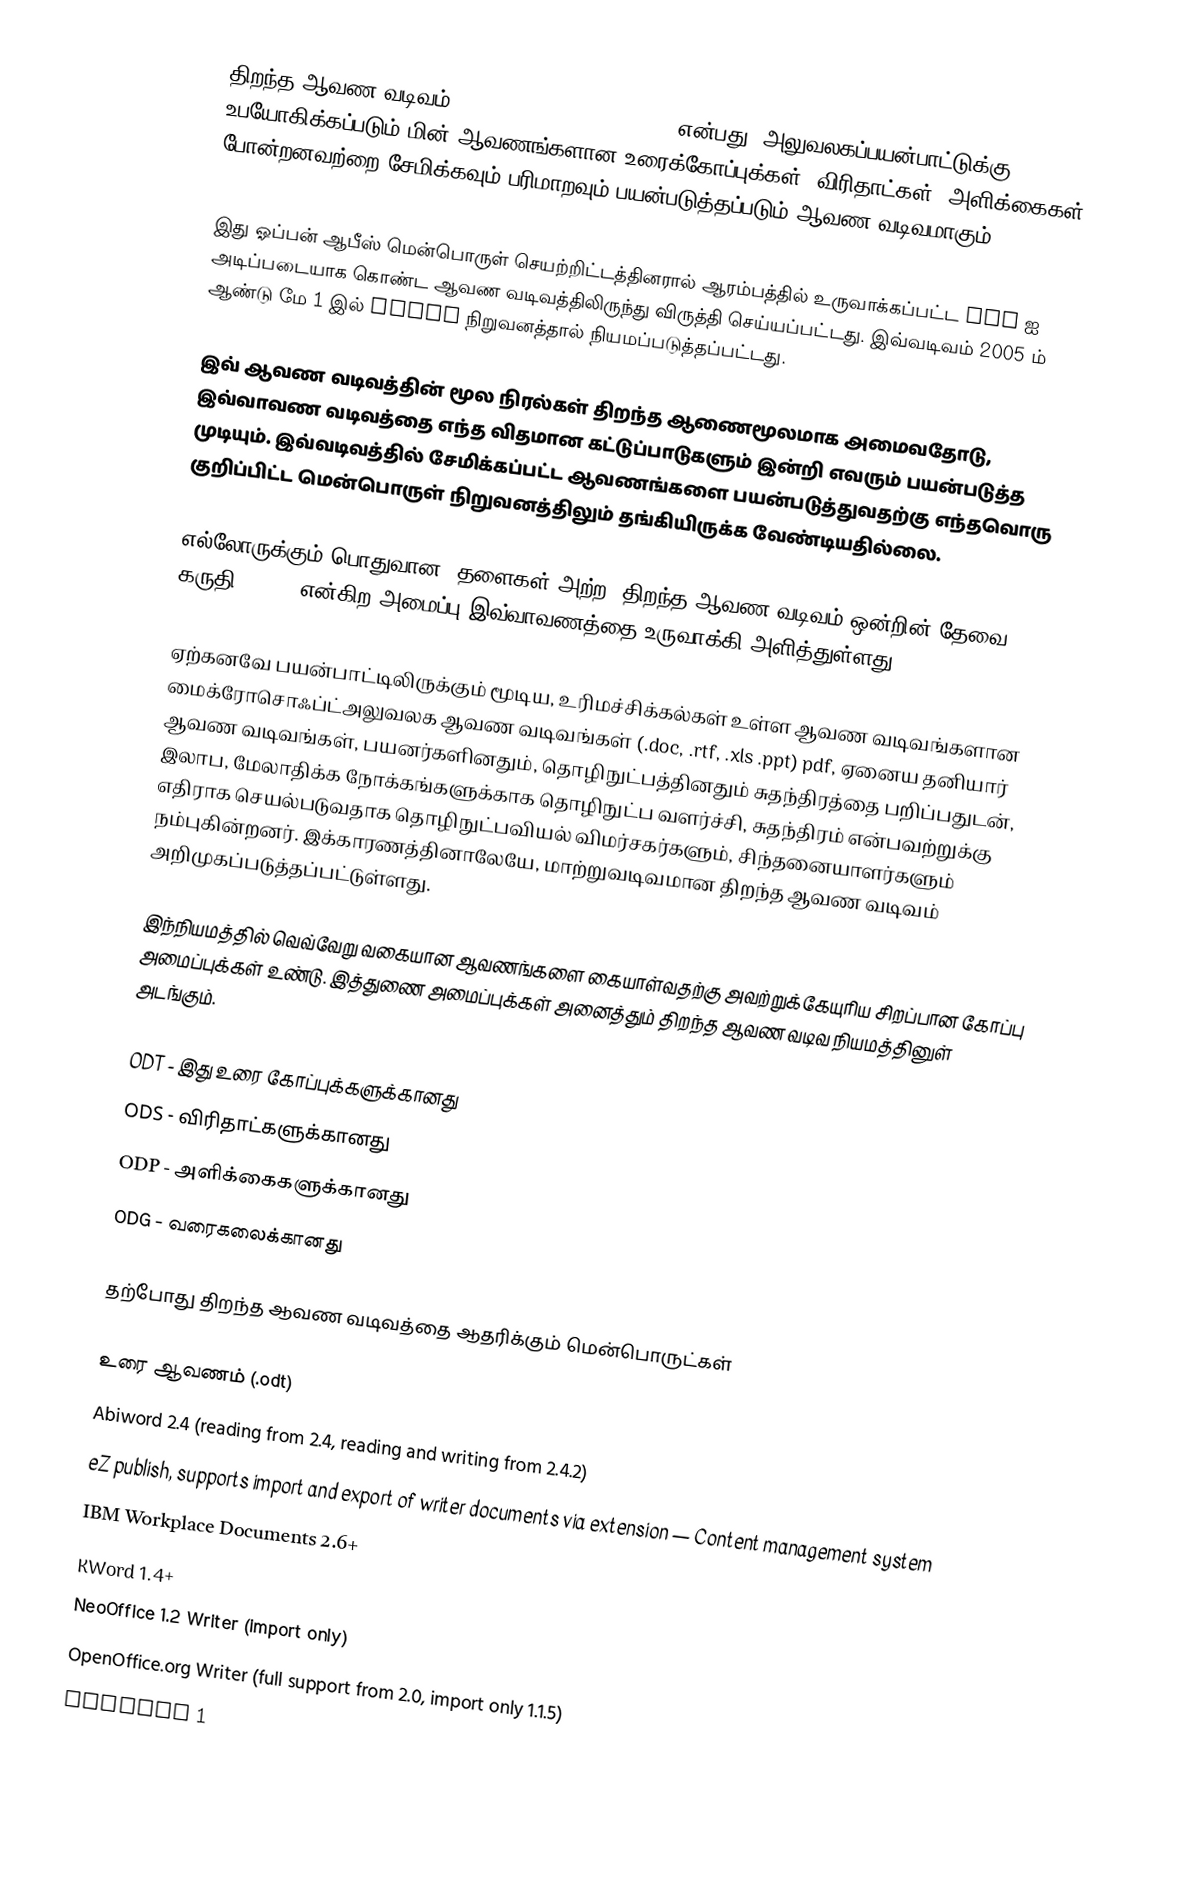
திறந்த ஆவண வடிவம் (OpenDocument Format/ ODF) என்பது, அலுவலகப்பயன்பாட்டுக்கு உபயோகிக்கப்படும் மின் ஆவணங்களான உரைக்கோப்புக்கள், விரிதாட்கள், அளிக்கைகள் போன்றனவற்றை சேமிக்கவும் பரிமாறவும் பயன்படுத்தப்படும் ஆவண வடிவமாகும் ( File Format) .

இது ஓப்பன் ஆபீஸ் மென்பொருள் செயற்றிட்டத்தினரால் ஆரம்பத்தில் உருவாக்கப்பட்ட XML ஐ அடிப்படையாக கொண்ட ஆவண வடிவத்திலிருந்து விருத்தி செய்யப்பட்டது. இவ்வடிவம் 2005 ம் ஆண்டு மே 1 இல் OASIS நிறுவனத்தால் நியமப்படுத்தப்பட்டது.

இவ் ஆவண வடிவத்தின் மூல நிரல்கள் திறந்த ஆணைமூலமாக அமைவதோடு, இவ்வாவண வடிவத்தை எந்த விதமான கட்டுப்பாடுகளும் இன்றி எவரும் பயன்படுத்த முடியும். இவ்வடிவத்தில் சேமிக்கப்பட்ட ஆவணங்களை பயன்படுத்துவதற்கு எந்தவொரு குறிப்பிட்ட மென்பொருள் நிறுவனத்திலும் தங்கியிருக்க வேண்டியதில்லை.

எல்லோருக்கும் பொதுவான, தளைகள் அற்ற, திறந்த ஆவண வடிவம் ஒன்றின் தேவை கருதி, OASIS என்கிற அமைப்பு இவ்வாவணத்தை உருவாக்கி அளித்துள்ளது.

ஏற்கனவே பயன்பாட்டிலிருக்கும் மூடிய, உரிமச்சிக்கல்கள் உள்ள ஆவண வடிவங்களான மைக்ரோசொஃப்ட்அலுவலக ஆவண வடிவங்கள் (.doc, .rtf, .xls .ppt) pdf, ஏனைய தனியார் ஆவண வடிவங்கள், பயனர்களினதும், தொழிநுட்பத்தினதும் சுதந்திரத்தை பறிப்பதுடன், இலாப, மேலாதிக்க நோக்கங்களுக்காக தொழிநுட்ப வளர்ச்சி, சுதந்திரம் என்பவற்றுக்கு எதிராக செயல்படுவதாக தொழிநுட்பவியல் விமர்சகர்களும், சிந்தனையாளர்களும் நம்புகின்றனர். இக்காரணத்தினாலேயே, மாற்றுவடிவமான திறந்த ஆவண வடிவம் அறிமுகப்படுத்தப்பட்டுள்ளது.

இந்நியமத்தில் வெவ்வேறு வகையான ஆவணங்களை கையாள்வதற்கு அவற்றுக்கேயுரிய சிறப்பான கோப்பு அமைப்புக்கள் உண்டு. இத்துணை அமைப்புக்கள் அனைத்தும் திறந்த ஆவண வடிவ நியமத்தினுள் அடங்கும்.

 ODT - இது உரை கோப்புக்களுக்கானது
 ODS - விரிதாட்களுக்கானது
 ODP - அளிக்கைகளுக்கானது
 ODG - வரைகலைக்கானது

தற்போது திறந்த ஆவண வடிவத்தை ஆதரிக்கும் மென்பொருட்கள்

உரை ஆவணம் (.odt)
 Abiword 2.4 (reading from 2.4, reading and writing from 2.4.2)
 eZ publish, supports import and export of writer documents via extension — Content management system
 IBM Workplace  Documents 2.6+
 KWord  1.4+
 NeoOffice  1.2 Writer (import only)
 OpenOffice.org Writer (full support from 2.0, import only 1.1.5)
 Scribus 1